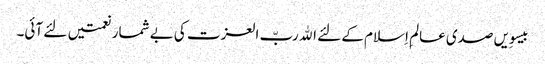
بیسوِیں صدی عالمِ اِسلام کے لئے اﷲ ربّ العزت کی بے شمار نعمتیں لئے آئی۔